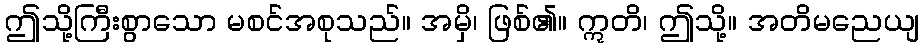
ဤသို့ကြီးစွာသော မစင်အစုသည်။ အမှိ၊ ဖြစ်၏။ ဣတိ၊ ဤသို့။ အတိမညေယျ